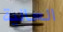
العالية